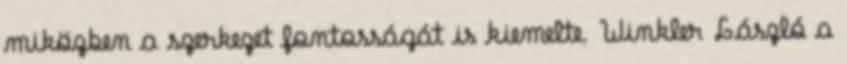
miközben a szerkezet fontosságát is kiemelte. Winkler László a